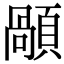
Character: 䫚